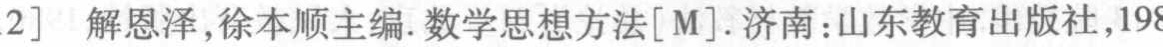
[2] 解恩泽,徐本顺主编.数学思想方法[M].济南:山东教育出版社,198